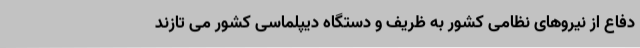
دفاع از نیروهای نظامی کشور به ظریف و دستگاه دیپلماسی کشور می تازند